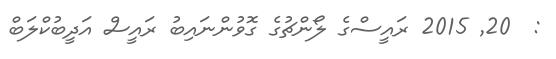
:  20